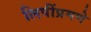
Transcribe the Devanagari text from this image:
लिपींप्रमणे